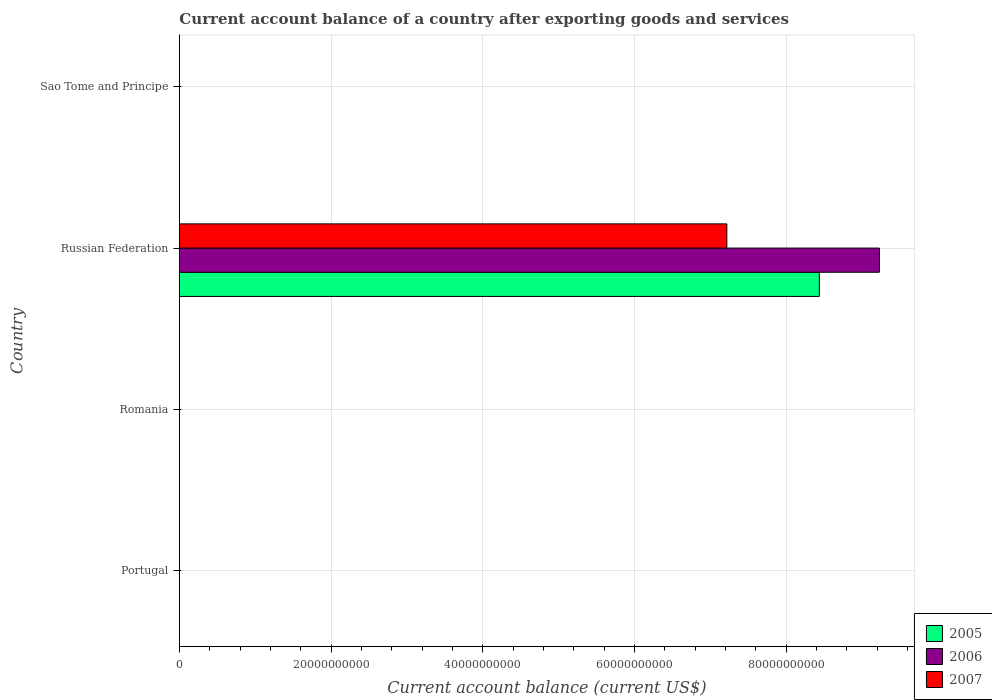
| Country | 2005 | 2006 | 2007 |
 | --- | --- | --- | --- |
 | Portugal | -1.95e+10 | -2.22e+10 | -2.35e+10 |
 | Romania | -8.5e+09 | -1.28e+10 | -2.31e+10 |
 | Russian Federation | 8.44e+10 | 9.23e+10 | 7.22e+10 |
 | Sao Tome and Principe | -3.62e+07 | -5.77e+07 | -6.43e+07 |